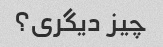
چیز دیگری؟